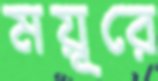
ময়ূরে